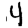
Digit: 4